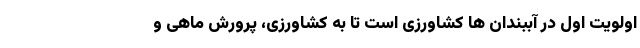
اولویت اول در آببندان ها کشاورزی است تا به کشاورزی، پرورش ماهی و